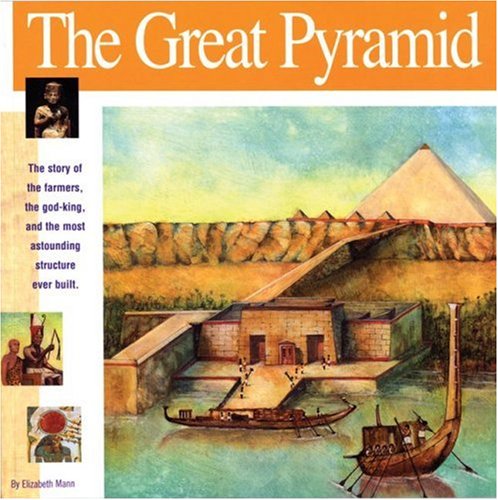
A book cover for The Great Pyramid: The story of the farmers, the god-king and the most astonding structure ever built (Wonders of the World Book); Elizabeth Mann; Children's Books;